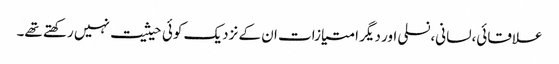
علاقائی،لسانی،نسلی اور دیگر امتیازات ان کے نزدیک کوئی حیثیت نہیں رکھتے تھے۔